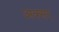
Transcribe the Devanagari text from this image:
अक्सर्